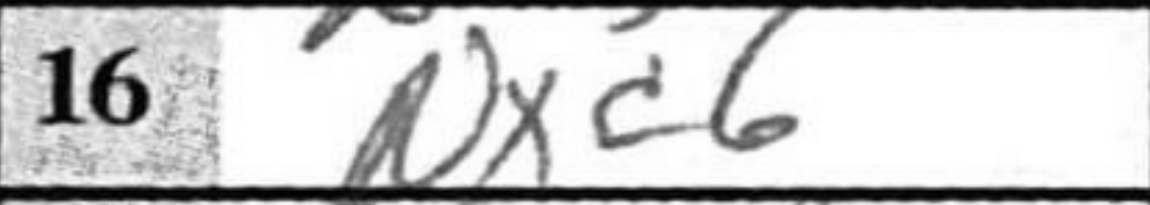
Transcription: Nxc6